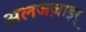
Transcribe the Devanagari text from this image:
अलजज़ाइर्